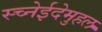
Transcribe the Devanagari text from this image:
स्च्नेईदेमुहल